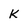
Character: K